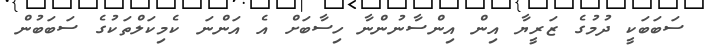
ސަބަބަކީ ދުމުގެ ޒަރީޔާ އިން އިންސާނުންނާ ހިސާބަށް އެ އަންނަ ކެމިކަލްތަކުގެ ސަބަބުން